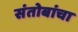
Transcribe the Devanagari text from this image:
संतोबांचा